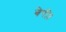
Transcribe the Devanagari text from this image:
बेरी।